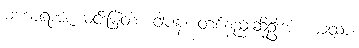
မဟာရာဇ၊ မင်းမြတ်။ ဝါပန၊ တစ်နည်းဆိုဦးအံ့။ ယထာ၊